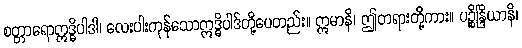
စတ္တာရောဣဒ္ဓိပါဒါ၊ လေးပါးကုန်သောဣဒ္ဓိပါဒ်တို့ပေတည်း။ ဣမာနိ၊ ဤတရားတို့ကား။ ပဉ္စိန္ဒြိယာနိ၊